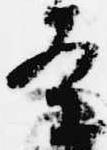
条